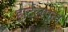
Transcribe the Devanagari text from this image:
हार्टलपूल